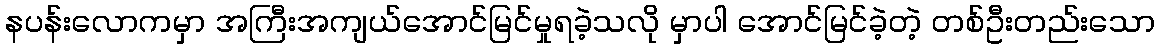
နပန်းလောကမှာ အကြီးအကျယ်အောင်မြင်မှုရခဲ့သလို မှာပါ အောင်မြင်ခဲ့တဲ့ တစ်ဦးတည်းသော